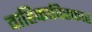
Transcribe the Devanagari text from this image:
वाहिकाविस्फार